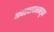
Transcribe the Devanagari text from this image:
व्यवस्थापनाकडून